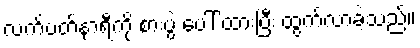
လက်ပတ်နာရီကို စားပွဲ ပေါ် ထားပြီး ထွက်လာခဲ့သည်။